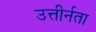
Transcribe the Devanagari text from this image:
उत्तीर्नता